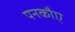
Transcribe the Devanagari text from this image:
पनकौए